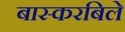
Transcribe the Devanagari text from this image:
बास्करबिले